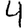
Digit: 4